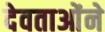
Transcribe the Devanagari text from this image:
देवताओंने